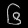
Digit: ၆